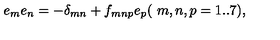
e _ { m } e _ { n } = - \delta _ { m n } + f _ { m n p } e _ { p } ( { \ m , n , p = 1 . . 7 } ) ,